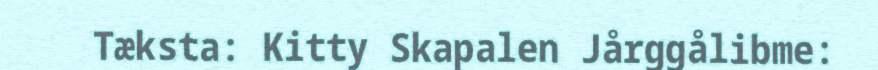
Tæksta: Kitty Skapalen Jårggålibme: